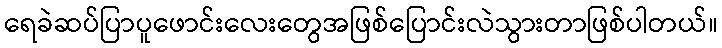
ရေခဲဆပ်ပြာပူဖောင်းလေးတွေအဖြစ်ပြောင်းလဲသွားတာဖြစ်ပါတယ်။